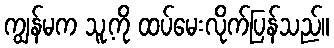
ကျွန်မက သူ့ကို ထပ်မေးလိုက်ပြန်သည်။